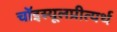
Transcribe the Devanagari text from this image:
चॉइस्यूलप्रीत्यर्थ